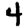
Digit: 4